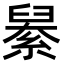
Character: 𦦆